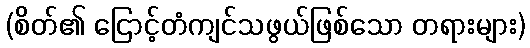
(စိတ်၏ ငြောင့်တံကျင်သဖွယ်ဖြစ်သော တရားများ)